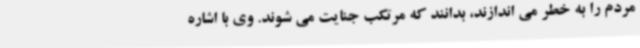
مردم را به خطر می اندازند، بدانند که مرتکب جنایت می شوند. وی با اشاره